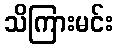
သိကြားမင်း